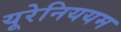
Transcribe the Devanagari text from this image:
यूरेनिययम